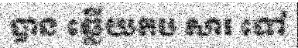
បាន ឆ្លើយតប សារ ទៅ